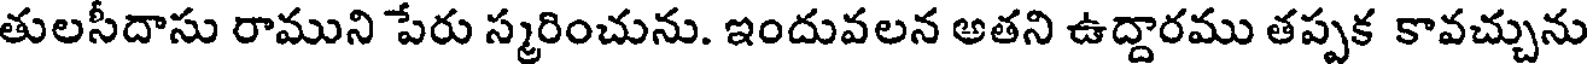
తులసీదాసు రాముని పేరు స్మరించును. ఇందువలన అతని ఉద్దారము తప్పక కావచ్చును